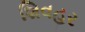
શિવહર